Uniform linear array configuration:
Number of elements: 24
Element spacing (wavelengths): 1
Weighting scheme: exponential
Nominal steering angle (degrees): -30
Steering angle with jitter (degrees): -30.563
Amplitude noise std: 0.05
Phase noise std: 0.05

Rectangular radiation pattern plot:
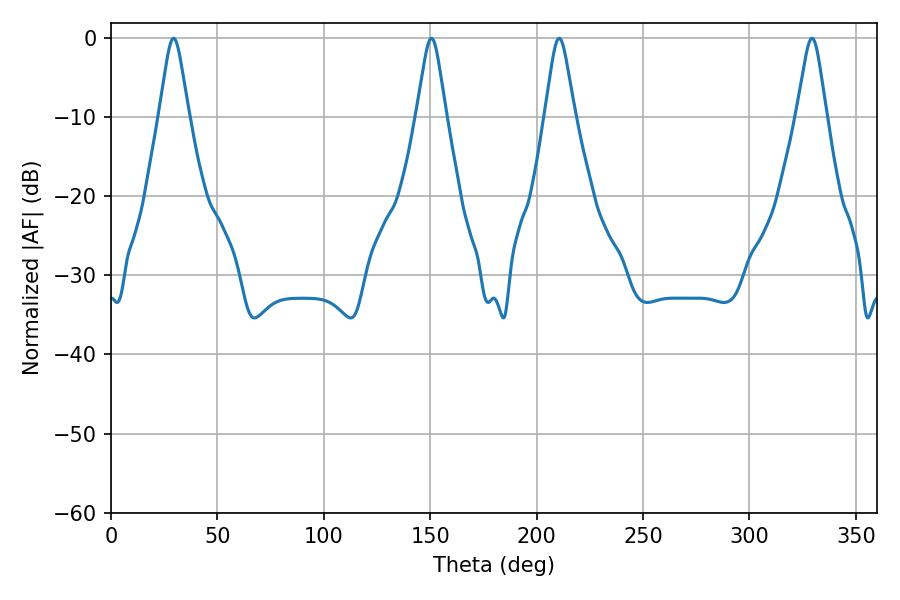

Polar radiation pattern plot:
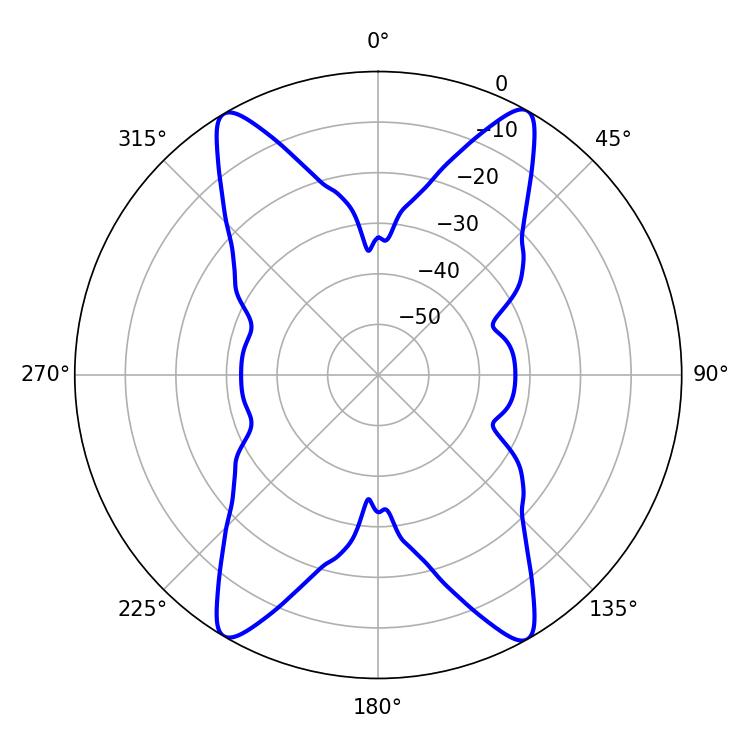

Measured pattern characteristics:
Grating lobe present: TRUE
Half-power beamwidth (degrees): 6.66
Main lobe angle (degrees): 210.6